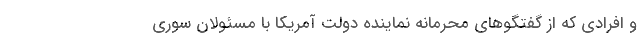
و افرادی که از گفتگوهای محرمانه نماینده دولت آمریکا با مسئولان سوری